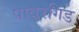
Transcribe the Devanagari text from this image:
पावरगिड